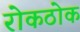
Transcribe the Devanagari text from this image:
रोकठोक